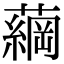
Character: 𮒔